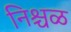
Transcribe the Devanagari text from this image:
निश्चळ